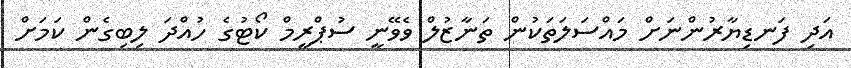
އަދި ފަނޑިޔާރުންނަށް މައްސަލަތަކުން ތަނާޒުލް ވެވޭނީ ސުޕްރީމް ކޯޓުގެ ހުއްދަ ލިބިގެން ކަމަށް